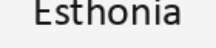
Esthonia